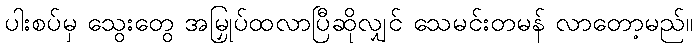
ပါးစပ်မှ သွေးတွေ အမြှုပ်ထလာပြီဆိုလျှင် သေမင်းတမန် လာတော့မည်။